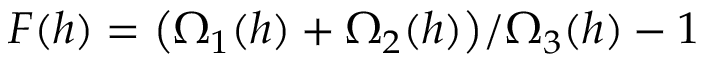
F ( h ) = \big ( \Omega _ { 1 } ( h ) + \Omega _ { 2 } ( h ) \big ) / \Omega _ { 3 } ( h ) - 1